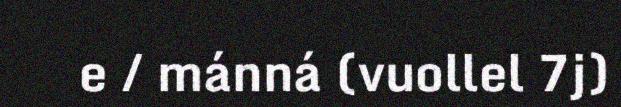
e / mánná (vuollel 7j)